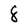
Character: 8